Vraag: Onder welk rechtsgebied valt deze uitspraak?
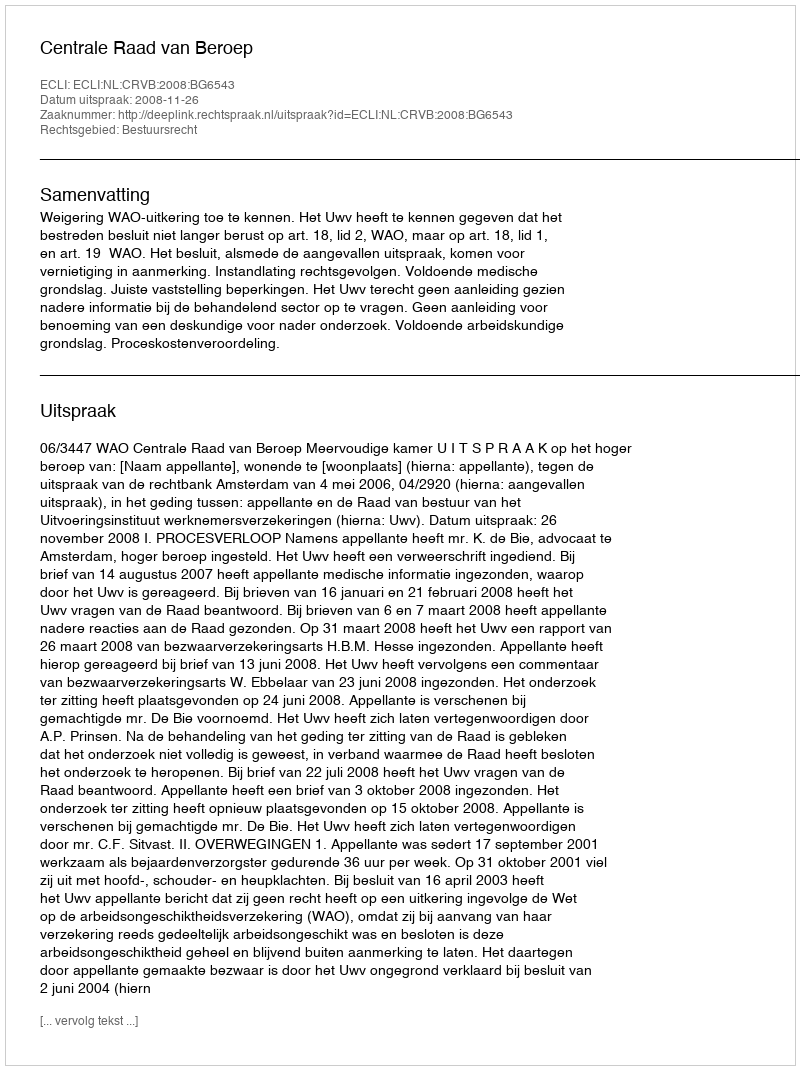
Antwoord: Bestuursrecht